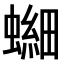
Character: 𫋘